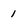
Character: 1